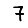
Digit: 7